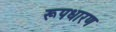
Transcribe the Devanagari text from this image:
रूपधारण